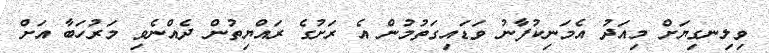
ވިލިނގިޔަށް މިއަދު އެމަނިކުފާނު ވަޑައިގަތުމުން އެ ރަށުގެ ރައްޔިތުން ދެއްނެވި މަރުހަބާ އަށް